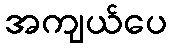
အကျယ်ပေ